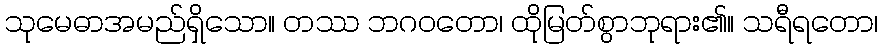
သုမေဓာအမည်ရှိသော။ တဿ ဘဂဝတော၊ ထိုမြတ်စွာဘုရား၏။ သရီရတော၊